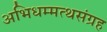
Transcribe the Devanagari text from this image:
अभिधम्मत्थसंग्रह